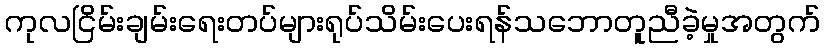
ကုလငြိမ်းချမ်းရေးတပ်များရုပ်သိမ်းပေးရန်သဘောတူညီခဲ့မှုအတွက်